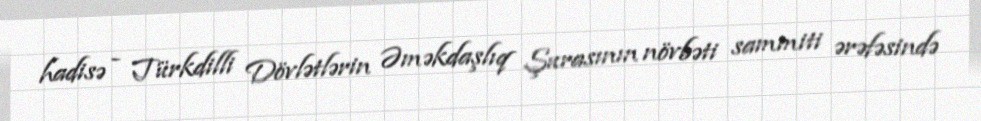
hadisə - Türkdilli Dövlətlərin Əməkdaşlıq Şurasının növbəti sammiti ərəfəsində